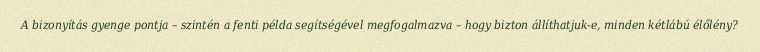
A bizonyítás gyenge pontja – szintén a fenti példa segítségével megfogalmazva – hogy bizton állíthatjuk-e, minden kétlábú élőlény?